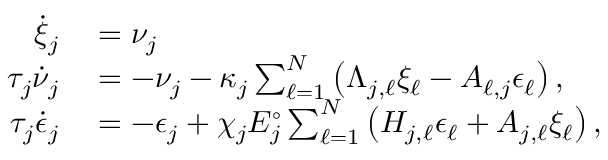
\begin{array} { r l } { \dot { \xi } _ { j } } & { { } = \nu _ { j } } \\ { \tau _ { j } \dot { \nu } _ { j } } & { { } = - \nu _ { j } - \kappa _ { j } \sum _ { \ell = 1 } ^ { N } \left( \Lambda _ { j , \ell } \xi _ { \ell } - A _ { \ell , j } \epsilon _ { \ell } \right) , } \\ { \tau _ { j } \dot { \epsilon } _ { j } } & { { } = - \epsilon _ { j } + \chi _ { j } E _ { j } ^ { \circ } \sum _ { \ell = 1 } ^ { N } \left( H _ { j , \ell } \epsilon _ { \ell } + A _ { j , \ell } \xi _ { \ell } \right) , } \end{array}